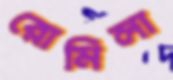
রোমিলা